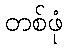
တစ်ဖုံ